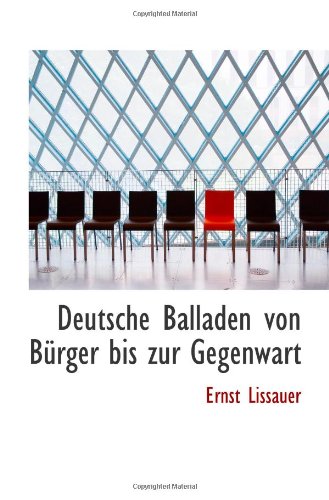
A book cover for Deutsche Balladen von BÃ¼rger bis zur Gegenwart (German Edition); Ernst Lissauer; History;